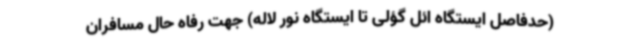
(حدفاصل ایستگاه ائل گؤلی تا ایستگاه نور لاله) جهت رفاه حال مسافران